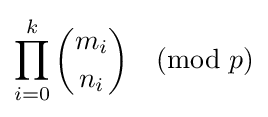
\prod _{i=0}^{k}{\binom {m_{i}}{n_{i}}}{\pmod {p}}